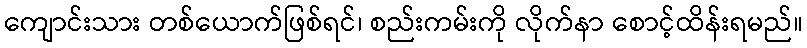
ကျောင်းသား တစ်ယောက်ဖြစ်ရင်၊ စည်းကမ်းကို လိုက်နာ စောင့်ထိန်းရမည်။